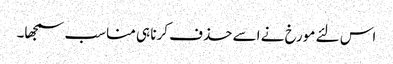
اس لئے مورخ نے اسے حذف کرنا ہی مناسب سمجھا۔